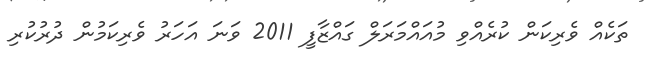
ތަކެއް ވެރިކަން ކުރެއްވި މުއައްމަރަލް ގައްޒާފީ 2011 ވަނަ އަހަރު ވެރިކަމުން ދުރުކުރި